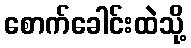
စောက်ခေါင်းထဲသို့